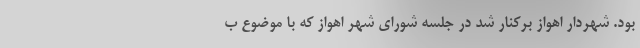
بود. شهردار اهواز برکنار شد در جلسه شورای شهر اهواز که با موضوع ب